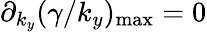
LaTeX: \partial_{k_{y}}(\gamma/k_{y})_{\mathrm{{max}}}=0